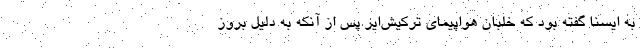
به ایسنا گفته بود که خلبان هواپیمای ترکیش‌ایر پس از آنکه به دلیل بروز